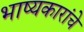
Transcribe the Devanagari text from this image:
भाष्यकारांचे